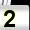
Digit: 2